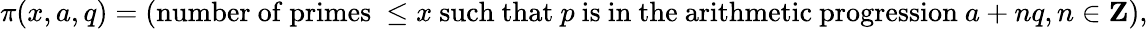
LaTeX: \pi(x,a,q)=({\mathrm{number~of~primes~}}\leq x{\mathrm{~such~that~}}p{\mathrm{~is~in~the~arithmetic~progression~}}a+nq,n\in\mathbf{Z}),